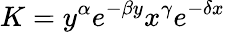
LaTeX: K=y^{\alpha}e^{-\beta y}x^{\gamma}e^{-\delta x}